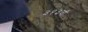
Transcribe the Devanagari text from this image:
३१३वॉ